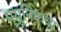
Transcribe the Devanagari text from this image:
म्युनिकचा